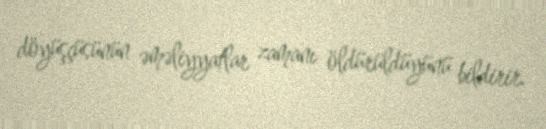
döyüşçüsünün əməliyyatlar zamanı öldürüldüyünü bildirir.